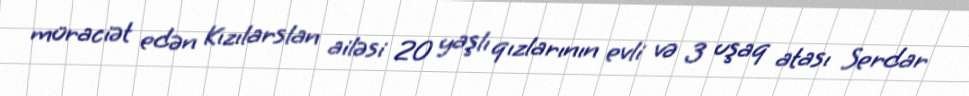
müraciət edən Kızılarslan ailəsi 20 yaşlı qızlarının evli və 3 uşaq atası Serdar